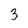
Character: 3